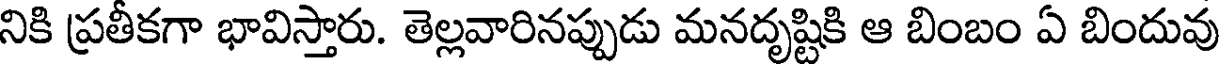
నికి ప్రతీకగా భావిస్తారు. తెల్లవారినప్పుడు మనదృష్టికి ఆ బింబం ఏ బిందువు